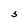
Character: S